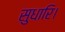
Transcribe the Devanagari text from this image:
सुधारि।